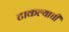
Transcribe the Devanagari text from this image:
टाकल्याची